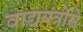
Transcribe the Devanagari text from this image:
वाद्ययंत्रोंसे